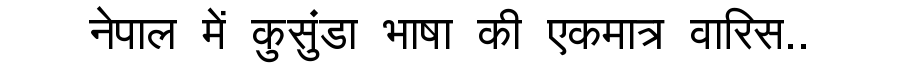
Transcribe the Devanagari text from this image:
नेपाल में कुसुंडा भाषा की एकमात्र वारिस..